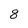
Character: 8